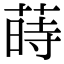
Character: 蒔